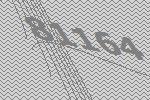
81164